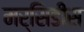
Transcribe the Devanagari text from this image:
मर्सिडीस